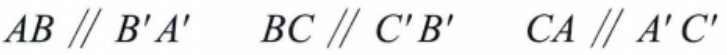
$AB \parallel B'A' \quad BC \parallel C'B' \quad CA \parallel A'C'$